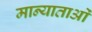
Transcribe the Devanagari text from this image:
मान्याताओं